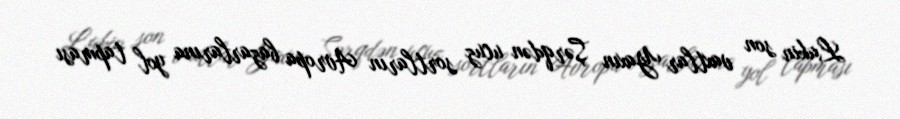
Lakin son vaxtlar Yaxın Şərqdən ucuz sortların Avropa bazarlarına yol tapması